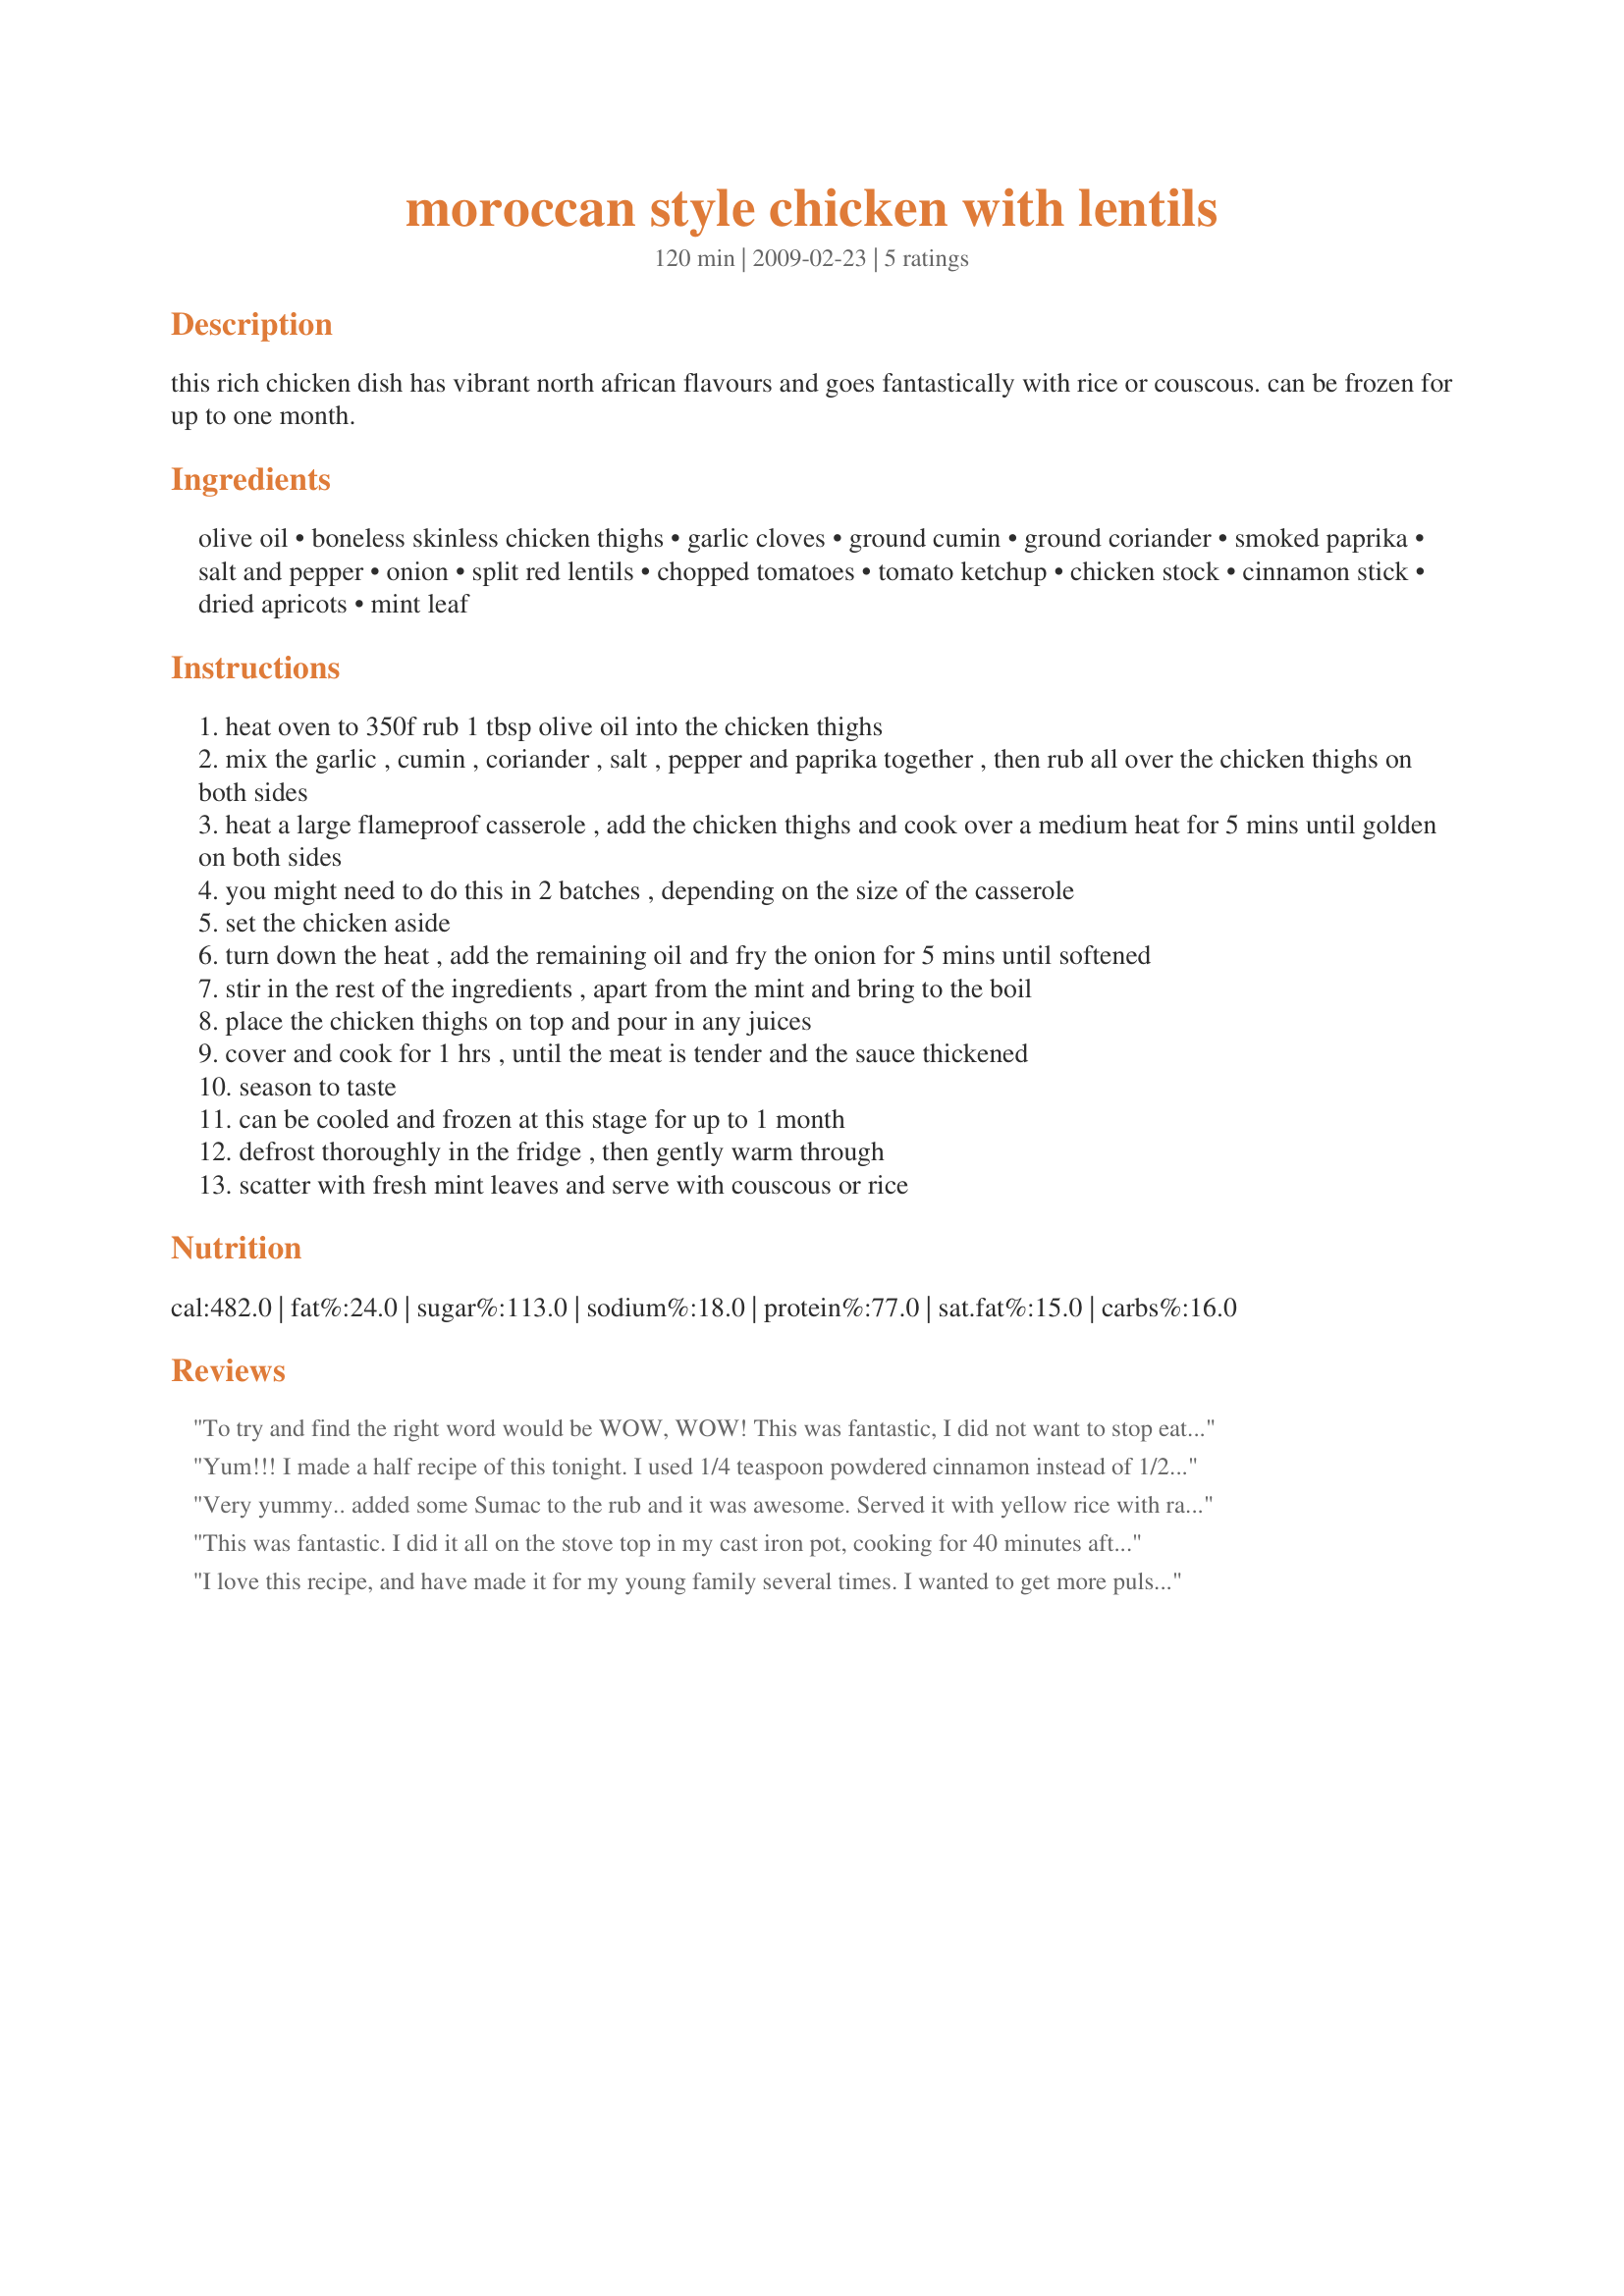
moroccan style chicken with lentils
Preparation time: 120 minutes

this rich chicken dish has vibrant north african flavours and goes fantastically with rice or couscous. can be frozen for up to one month.

Ingredients:
olive oil, boneless skinless chicken thighs, garlic cloves, ground cumin, ground coriander, smoked paprika, salt and pepper, onion, split red lentils, chopped tomatoes, tomato ketchup, chicken stock, cinnamon stick, dried apricots, mint leaf

Steps:
heat oven to 350f rub 1 tbsp olive oil into the chicken thighs
mix the garlic , cumin , coriander , salt , pepper and paprika together , then rub all over the chicken thighs on both sides
heat a large flameproof casserole , add the chicken thighs and cook over a medium heat for 5 mins until golden on both sides
you might need to do this in 2 batches , depending on the size of the casserole
set the chicken aside
turn down the heat , add the remaining oil and fry the onion for 5 mins until softened
stir in the rest of the ingredients , apart from the mint and bring to the boil
place the chicken thighs on top and pour in any juices
cover and cook for 1 hrs , until the meat is tender and the sauce thickened
season to taste
can be cooled and frozen at this stage for up to 1 month
defrost thoroughly in the fridge , then gently warm through
scatter with fresh mint leaves and serve with couscous or rice

Reviews:
To try and find the right word would be WOW, WOW! This was fantastic, I did not want to stop eating this. AND, it's good for you, apricots, lentils...full of goodness and tastes great. My boys gobbled this up too. I did'nt think they would eat it and I made it for me with some to freeze. I served this with the recipe Alton Brown's Brown Rice from this website. I changed nothing, but did follow JustJans measurements for the lentils and apricots. I don't get over excited about much food, but this one woke up my tastebuds and beggin for more.
Thank you English Rose!
Yum!!! I made a half recipe of this tonight. I used 1/4 teaspoon powdered cinnamon instead of 1/2 a stick and finished it with coriander rather than mint as that's what I had on hand. I don't have my scale with me, but another member weighed the lentils and told me the one ounce I needed was 4 tablespoons. I guessed the apricots and put in 12 (which is about the usual number for this sort of recipe). This was so very good, I would eat it again tomorrow (sadly no leftovers though).
Very yummy.. added some Sumac to the rub and it was awesome. Served it with yellow rice with raisins and a salad. A great meal...
This was fantastic. I did it all on the stove top in my cast iron pot, cooking for 40 minutes after adding the chicken. I used mushroom stock cubes from the health food store since I had no stock on hand. The flavour is wonderful; I added a little hot sauce to increase the spice. Also, I put some green beans from the garden on top to steam for the last 5 minutes and served it over cous cous. Made a great dinner for all. Thank you so much English Rose for posting this recipe!
I love this recipe, and have made it for my young family several times. I wanted to get more pulses into their diet, so this with the lentils is ideal. Rich deepth of flavour without being too much for young taste buds. I do use chicken thighs with bone in, and shredd off later, as the bones add flaour to the stock. I've tried with lamd also, and those north African flavours work so well. Thanks for sharing.
